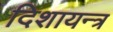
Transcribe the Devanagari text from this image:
दिशायन्त्र